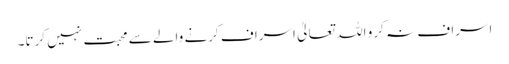
اسراف نہ کرو اللہ تعالیٰ اسراف کرنے والے سے محبت نہیں کرتا۔